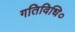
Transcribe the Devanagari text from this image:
गतिविधि०